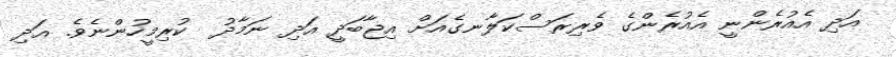
އަދި އެއުރެންނީ އެއުރެންގެ ވެރިރަސްކަލާނގެއަށް އިޖާބަދީ އަދި ނަމާދު  ކުރިމީހުންނެވެ. އަދި